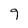
Character: 9